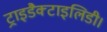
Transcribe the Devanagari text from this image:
ट्राइडैक्टाइलिडी।